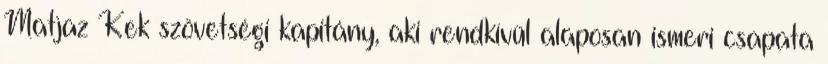
Matjaz Kek szövetségi kapitány, aki rendkívül alaposan ismeri csapata